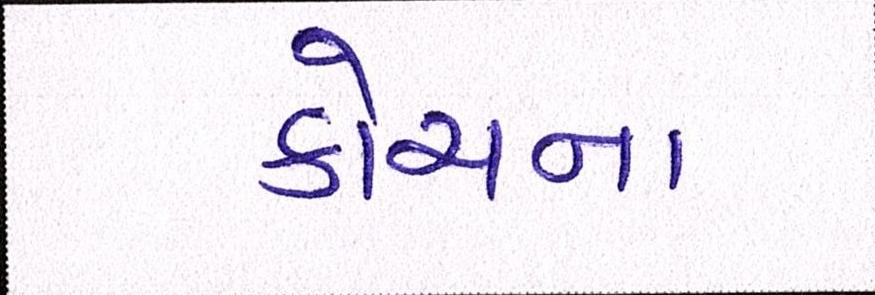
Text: કોચના